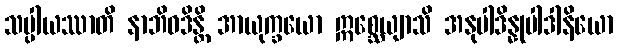
သပ္ပါယဿာတိ နာဘိဝဒိန္တိ အာယုက္ခယော ဣစ္ဆေယျာသိ အနုပါဒိန္နုပါဒါနိယော